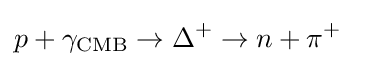
p+\gamma _{\text{CMB}}\to \Delta ^{+}\to n+\pi ^{+}~